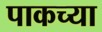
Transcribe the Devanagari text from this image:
पाकच्या